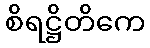
စိရဋ္ဌိတိကေ